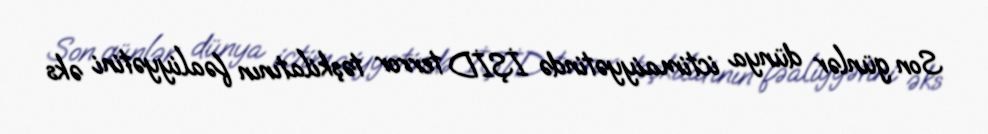
Son günlər dünya ictimaiyyətində İŞİD terror təşkilatının fəaliyyətini əks